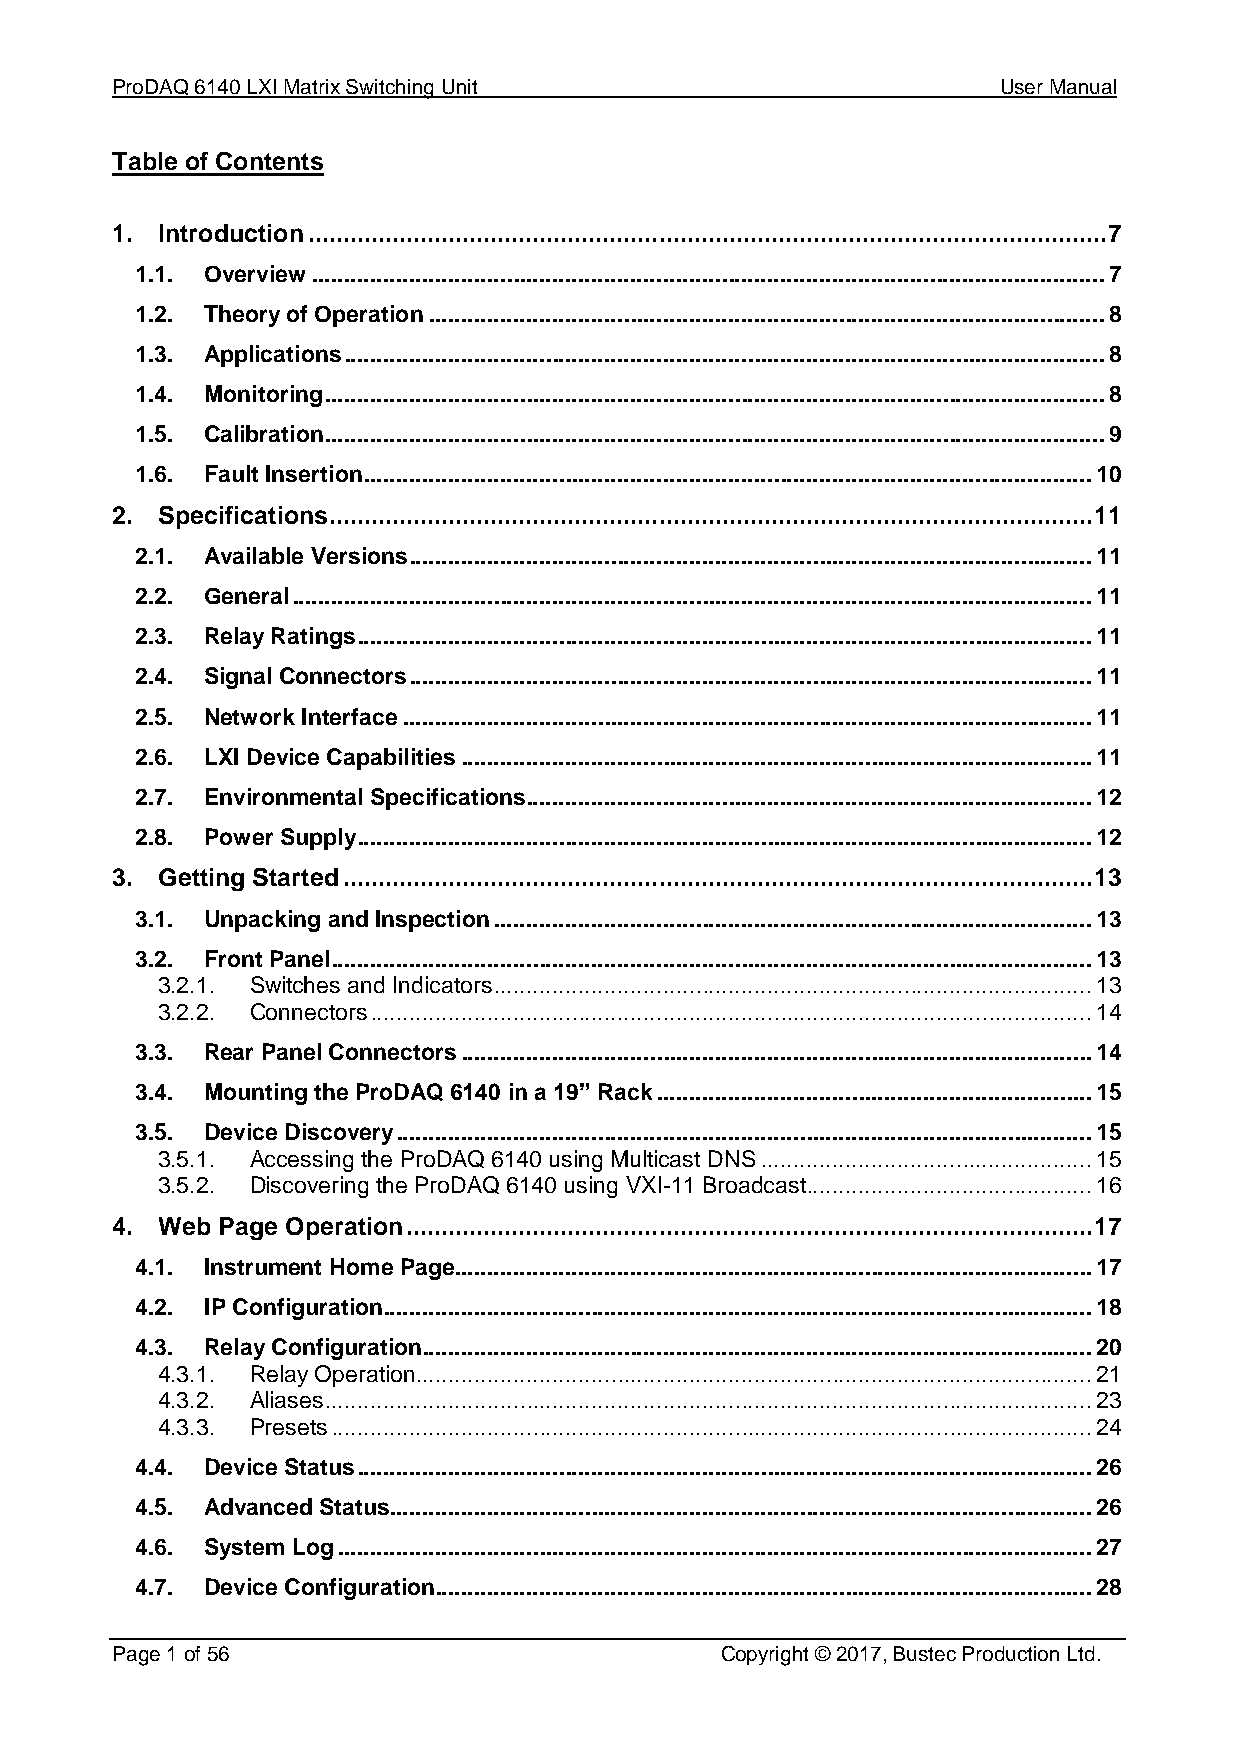
ProDAQ 6140 LXI Matrix Switching Unit                      User Manual
 Table of Contents
 1. Introduction .................................................................................................................. 7
 1.1. Overview .......................................................................................................................... 7
 1.2. Theory of Operation ........................................................................................................ 8
 1.3. Applications ..................................................................................................................... 8
 1.4. Monitoring ........................................................................................................................ 8
 1.5. Calibration ........................................................................................................................ 9
 1.6. Fault Insertion ................................................................................................................ 10
 2. Specifications ............................................................................................................. 11
 2.1. Available Versions ......................................................................................................... 11
 2.2. General ........................................................................................................................... 11
 2.3. Relay Ratings ................................................................................................................. 11
 2.4. Signal Connectors ......................................................................................................... 11
 2.5. Network Interface .......................................................................................................... 11
 2.6. LXI Device Capabilities ................................................................................................. 11
 2.7. Environmental Specifications ....................................................................................... 12
 2.8. Power Supply ................................................................................................................. 12
 3. Getting Started ........................................................................................................... 13
 3.1. Unpacking and Inspection ............................................................................................ 13
 3.2. Front Panel ..................................................................................................................... 13
 3.2.1. Switches and Indicators ............................................................................................ 13
 3.2.2. Connectors ............................................................................................................... 14
 3.3. Rear Panel Connectors ................................................................................................. 14
 3.4. Mounting the ProDAQ 6140 in a 19” Rack ................................................................... 15
 3.5. Device Discovery ........................................................................................................... 15
 3.5.1. Accessing the ProDAQ 6140 using Multicast DNS ................................................... 15
 3.5.2. Discovering the ProDAQ 6140 using VXI-11 Broadcast............................................ 16
 4. Web Page Operation .................................................................................................. 17
 4.1. Instrument Home Page .................................................................................................. 17
 4.2. IP Configuration ............................................................................................................. 18
 4.3. Relay Configuration ....................................................................................................... 20
 4.3.1. Relay Operation ........................................................................................................ 21
 4.3.2. Aliases ...................................................................................................................... 23
 4.3.3. Presets ..................................................................................................................... 24
 4.4. Device Status ................................................................................................................. 26
 4.5. Advanced Status ............................................................................................................ 26
 4.6. System Log .................................................................................................................... 27
 4.7. Device Configuration ..................................................................................................... 28
 Page 1 of 56                             Copyright © 2017, Bustec Production Ltd.